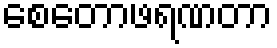
စေတောဖရဏတာ